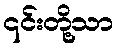
၎င်းတို့သာ